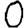
Digit: 0